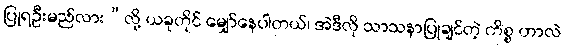
ပြုရဦးမည်လား”လို့ ယခုတိုင် မျှော်နေပါတယ်၊ အဲဒီလို သာသနာပြုချင်တဲ့ ကိစ္စ ဟာလဲ